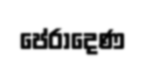
පේරාදෙණ